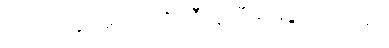
သူတို့တွေ အလုပ်ကို ညီတူညီမျှ မခွဲဝေကြဘူး။